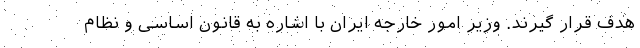
هدف قرار گیرند. وزیر امور خارجه ایران با اشاره به قانون اساسی و نظام